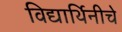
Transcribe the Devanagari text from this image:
विद्यार्थिनीचे